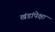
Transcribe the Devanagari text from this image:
खंडांपेक्षा